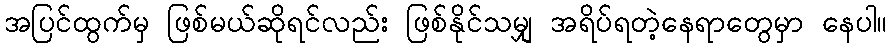
အပြင်ထွက်မှ ဖြစ်မယ်ဆိုရင်လည်း ဖြစ်နိုင်သမျှ အရိပ်ရတဲ့နေရာတွေမှာ နေပါ။